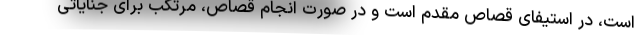
است، در استیفای قصاص مقدم است و در صورت انجام قصاص، مرتکب برای جنایاتی